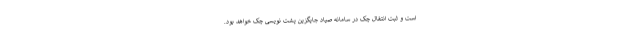
است و ثبت انتقال چک در سامانه صیاد جایگزین پشت نویسی چک خواهد بود.